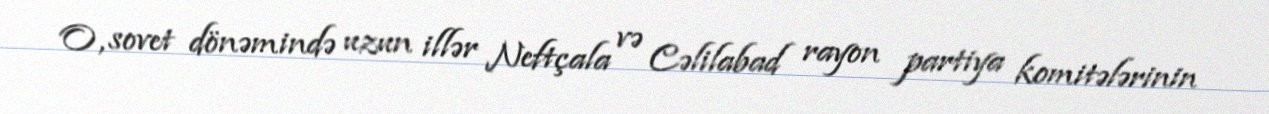
O, sovet dönəmində uzun illər Neftçala və Cəlilabad rayon partiya komitələrinin